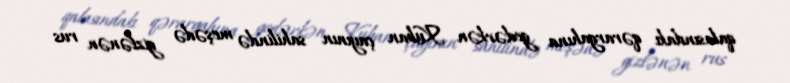
qalasındakı qərargahına gedərkən Kuban çayının sahilində meşədə gizlənən rus